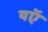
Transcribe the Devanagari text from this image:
यऍ